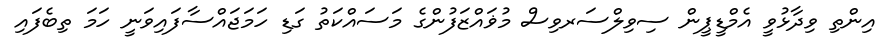
އިންތި ވިދާޅުވީ އެމްޑީޕީން ސިވިލްސަރވިސް މުޥައްޒަފުންގެ މަސައްކަތު ގަޑި ހަމަޖައްސާފައިވަނީ ހަމަ ތިބެފައި